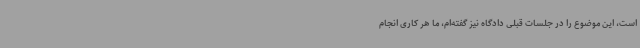
است، این موضوع را در جلسات قبلی دادگاه نیز گفته‌ام، ما هر کاری انجام